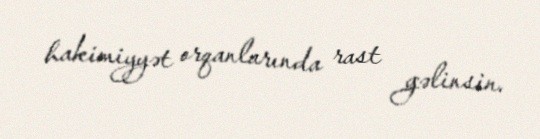
hakimiyyət orqanlarında rast gəlinsin.